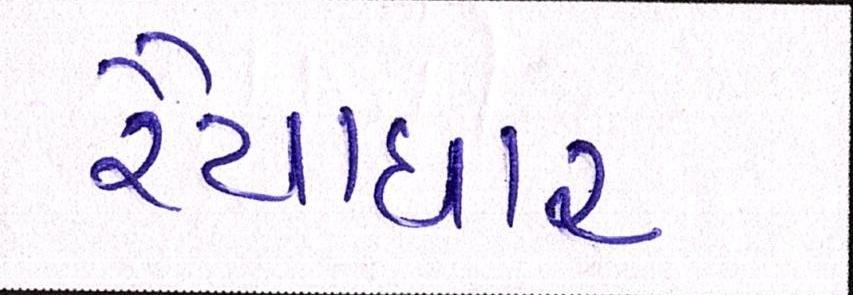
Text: રૈયાધાર